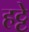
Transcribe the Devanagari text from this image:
हट्टे